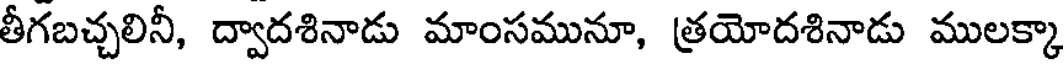
తీగబచ్చలినీ, ద్వాదశినాడు మాంసమునూ, త్రయోదశినాడు ములక్కా